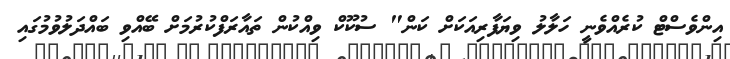
އިންވެސްޓް ކުރެއްވެނީ ހަލާލު ވިޔަފާރިއަކަށް ކަން" ސުކޫކް ވިއްކުން ތައާރަފްކުރުމަށް ބޭއްވި ބައްދަލުވުމުގައި